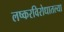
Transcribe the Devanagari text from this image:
लष्करविरोधातल्या